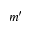
m ^ { \prime }